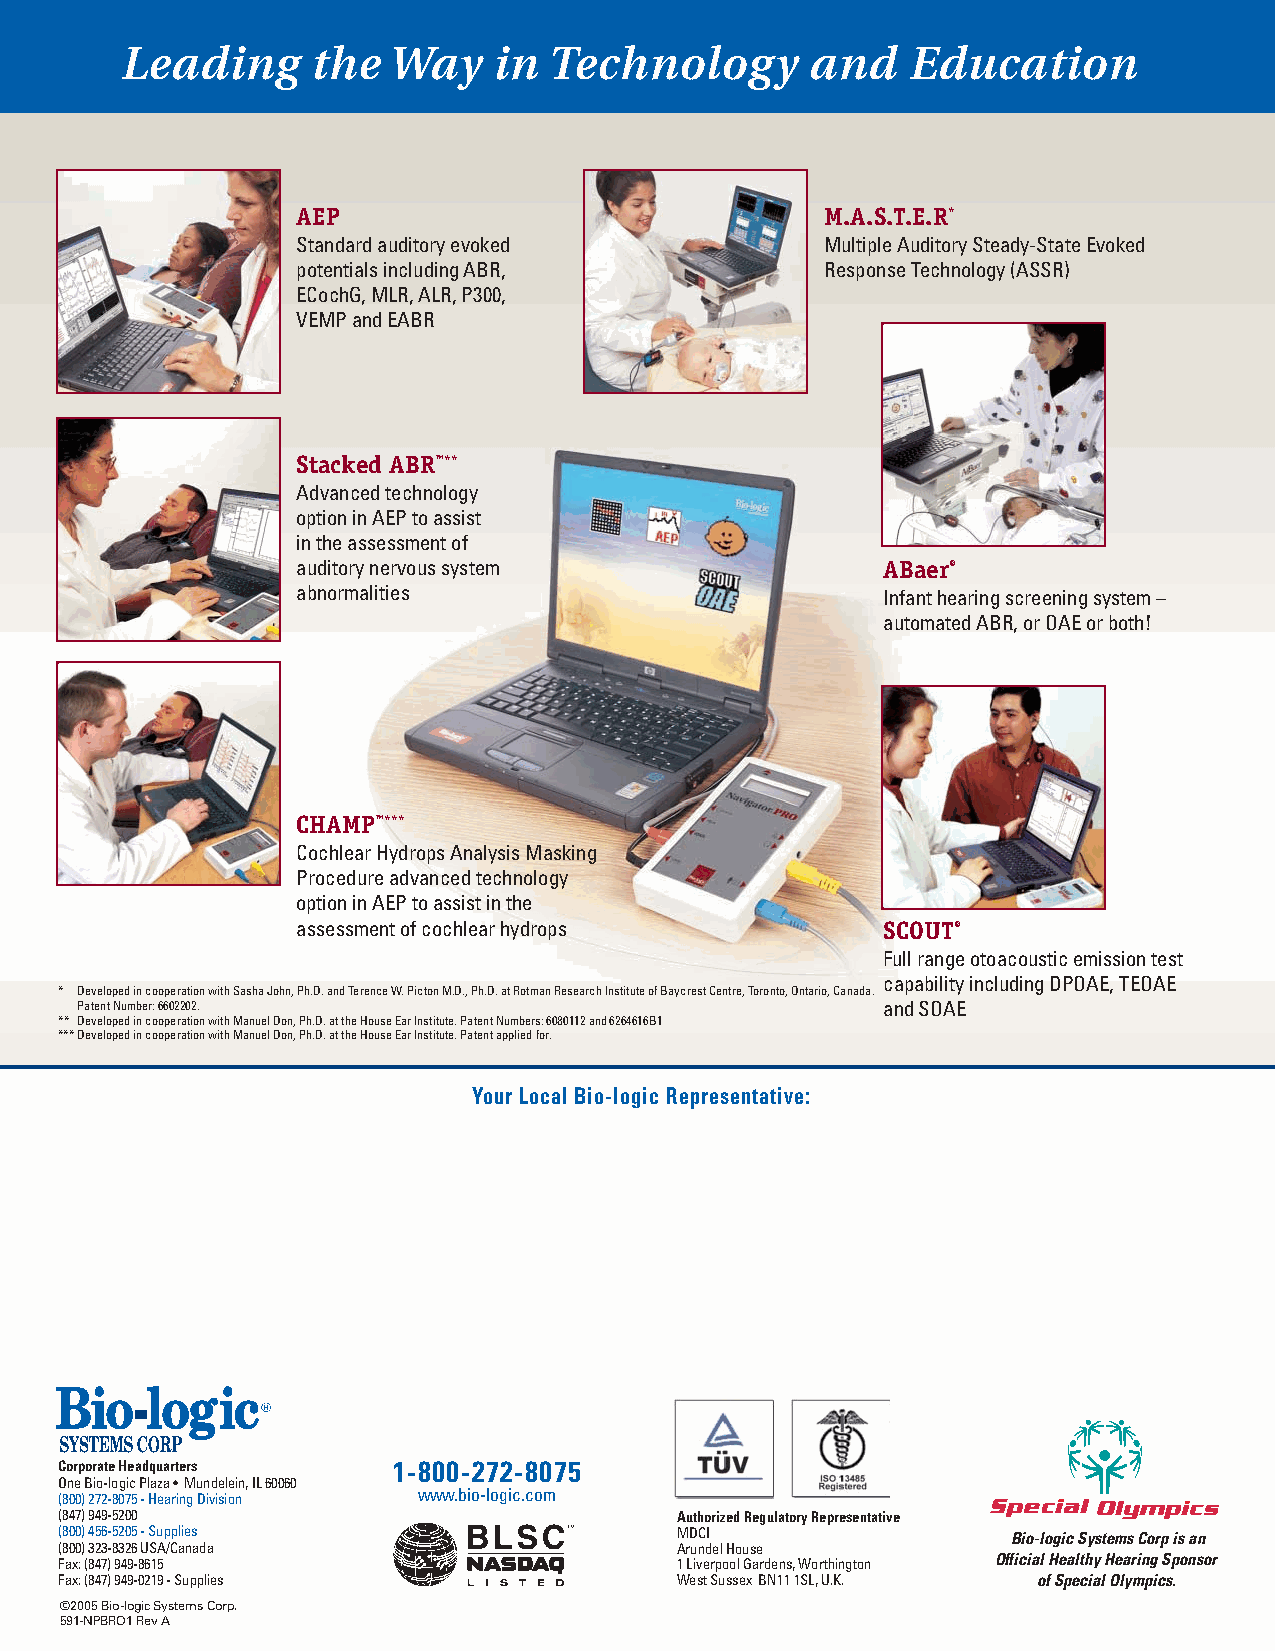
Leading      the  Way    in Technology        and   Education
 AEP                                M.A.S.T.E.R*
 Standard auditory evoked           Multiple Auditory Steady-State Evoked
 potentials including ABR,          Response Technology (ASSR)
 ECochG, MLR, ALR, P300,
 VEMP and EABR
 Stacked ABR™**
 Advanced technology
 option in AEP to assist
 in the assessment of
 auditory nervous system               ABaer®
 abnormalities                         Infant hearing screening system –
 automated ABR, or OAE or both!
 CHAMP™***
 Cochlear Hydrops Analysis Masking
 Procedure advanced technology
 option in AEP to assist in the
 assessment of cochlear hydrops        SCOUT®
 Full range otoacoustic emission test
 capability including DPOAE, TEOAE
 * Developedin cooperationwith Sasha John, Ph.D. and Terence W. Picton M.D., Ph.D. at Rotman Research Institute of Baycrest Centre, Toronto, Ontario, Canada.
 Patent Number: 6602202.                              and SOAE
 ** Developed in cooperation with Manuel Don, Ph.D. at the House Ear Institute. Patent Numbers: 6080112 and 6264616B1
 ***Developed in cooperation with Manuel Don, Ph.D. at the House Ear Institute. Patent applied for.
 Your Local Bio-logic Representative:
 Corporate Headquarters 1-800-272-8075
 One Bio-logic Plaza •Mundelein, IL 60060
 (800) 272-8075 - Hearing Division www.bio-logic.com
 (847) 949-5200                           Authorized Regulatory Representative
 (800) 456-5205 - Supplies                MDCI                  Bio-logic Systems Corp is an
 (800) 323-8326 USA/Canada                Arundel House
 Fax: (847) 949-8615                      1 Liverpool Gardens, Worthington Official Healthy Hearing Sponsor
 Fax: (847) 949-0219 - Supplies           West Sussex BN11 1SL, U.K. of Special Olympics.
 ©2005 Bio-logic Systems Corp.
 591-NPBRO1 Rev A